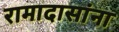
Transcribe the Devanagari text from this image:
रामादासांना